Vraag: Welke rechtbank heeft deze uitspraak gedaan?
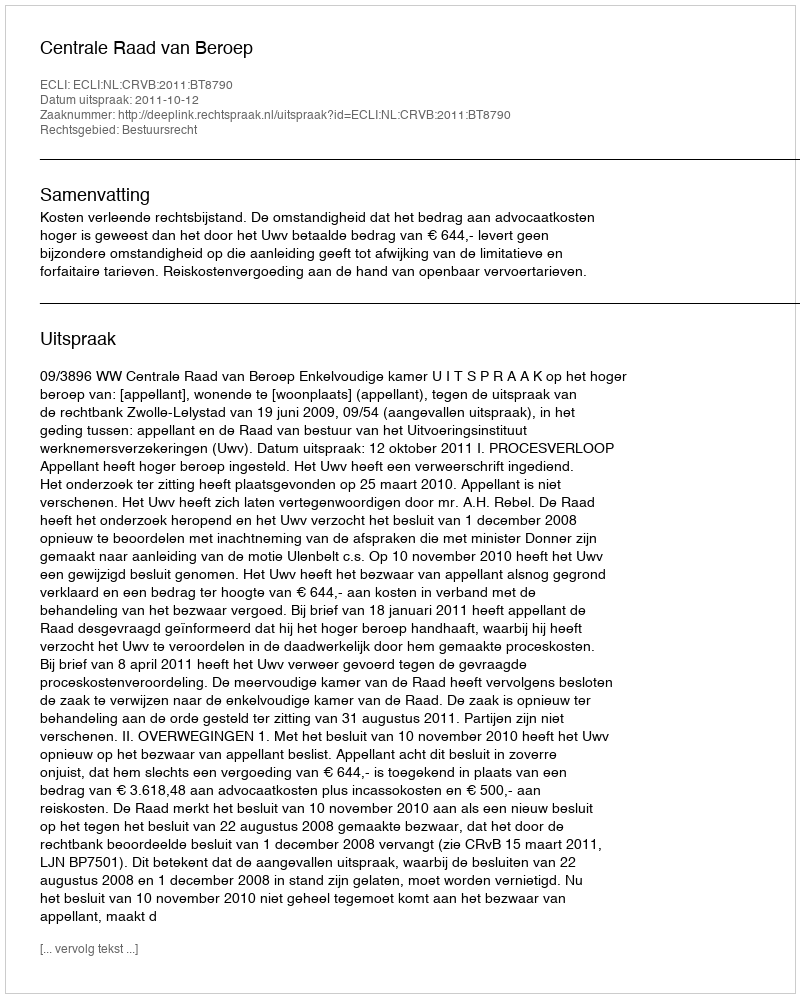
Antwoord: Centrale Raad van Beroep